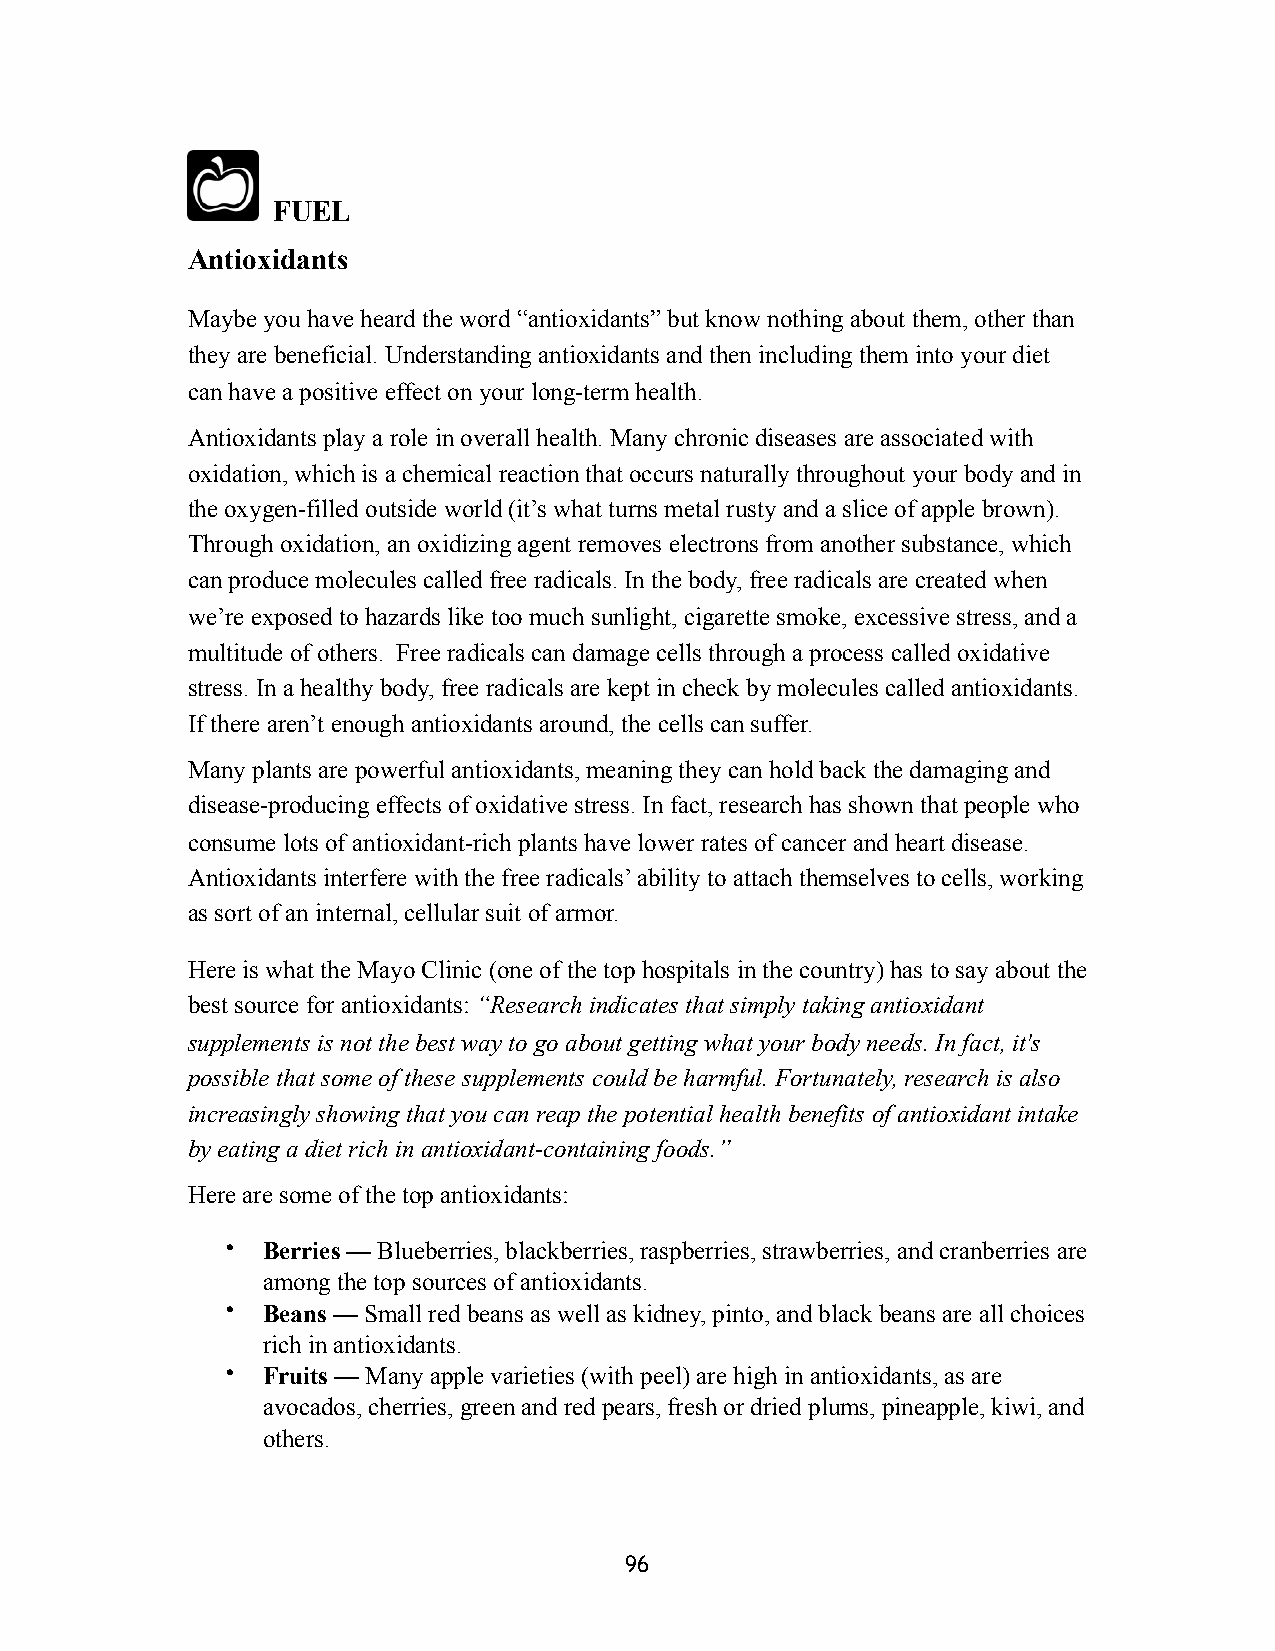
FUEL
 Antioxidants
 Maybe you have heard the word “antioxidants” but know nothing about them, other than
 they are beneficial. Understanding antioxidants and then including them into your diet
 can have a positive effect on your long-term health.
 Antioxidants play a role in overall health. Many chronic diseases are associated with
 oxidation, which is a chemical reaction that occurs naturally throughout your body and in
 the oxygen-filled outside world (it’s what turns metal rusty and a slice of apple brown).
 Through oxidation, an oxidizing agent removes electrons from another substance, which
 can produce molecules called free radicals. In the body, free radicals are created when
 we’re exposed to hazards like too much sunlight, cigarette smoke, excessive stress, and a
 multitude of others. Free radicals can damage cells through a process called oxidative
 stress. In a healthy body, free radicals are kept in check by molecules called antioxidants.
 If there aren’t enough antioxidants around, the cells can suffer.
 Many plants are powerful antioxidants, meaning they can hold back the damaging and
 disease-producing effects of oxidative stress. In fact, research has shown that people who
 consume lots of antioxidant-rich plants have lower rates of cancer and heart disease.
 Antioxidants interfere with the free radicals’ ability to attach themselves to cells, working
 as sort of an internal, cellular suit of armor.
 Here is what the Mayo Clinic (one of the top hospitals in the country) has to say about the
 best source for antioxidants: “Research indicates that simply taking antioxidant
 supplements is not the best way to go about getting what your body needs. In fact, it's
 possible that some of these supplements could be harmful. Fortunately, research is also
 increasingly showing that you can reap the potential health benefits of antioxidant intake
 by eating a diet rich in antioxidant-containing foods.”
 Here are some of the top antioxidants:
 • Berries — Blueberries, blackberries, raspberries, strawberries, and cranberries are
 among the top sources of antioxidants.
 • Beans — Small red beans as well as kidney, pinto, and black beans are all choices
 rich in antioxidants.
 • Fruits — Many apple varieties (with peel) are high in antioxidants, as are
 avocados, cherries, green and red pears, fresh or dried plums, pineapple, kiwi, and
 others.
 96